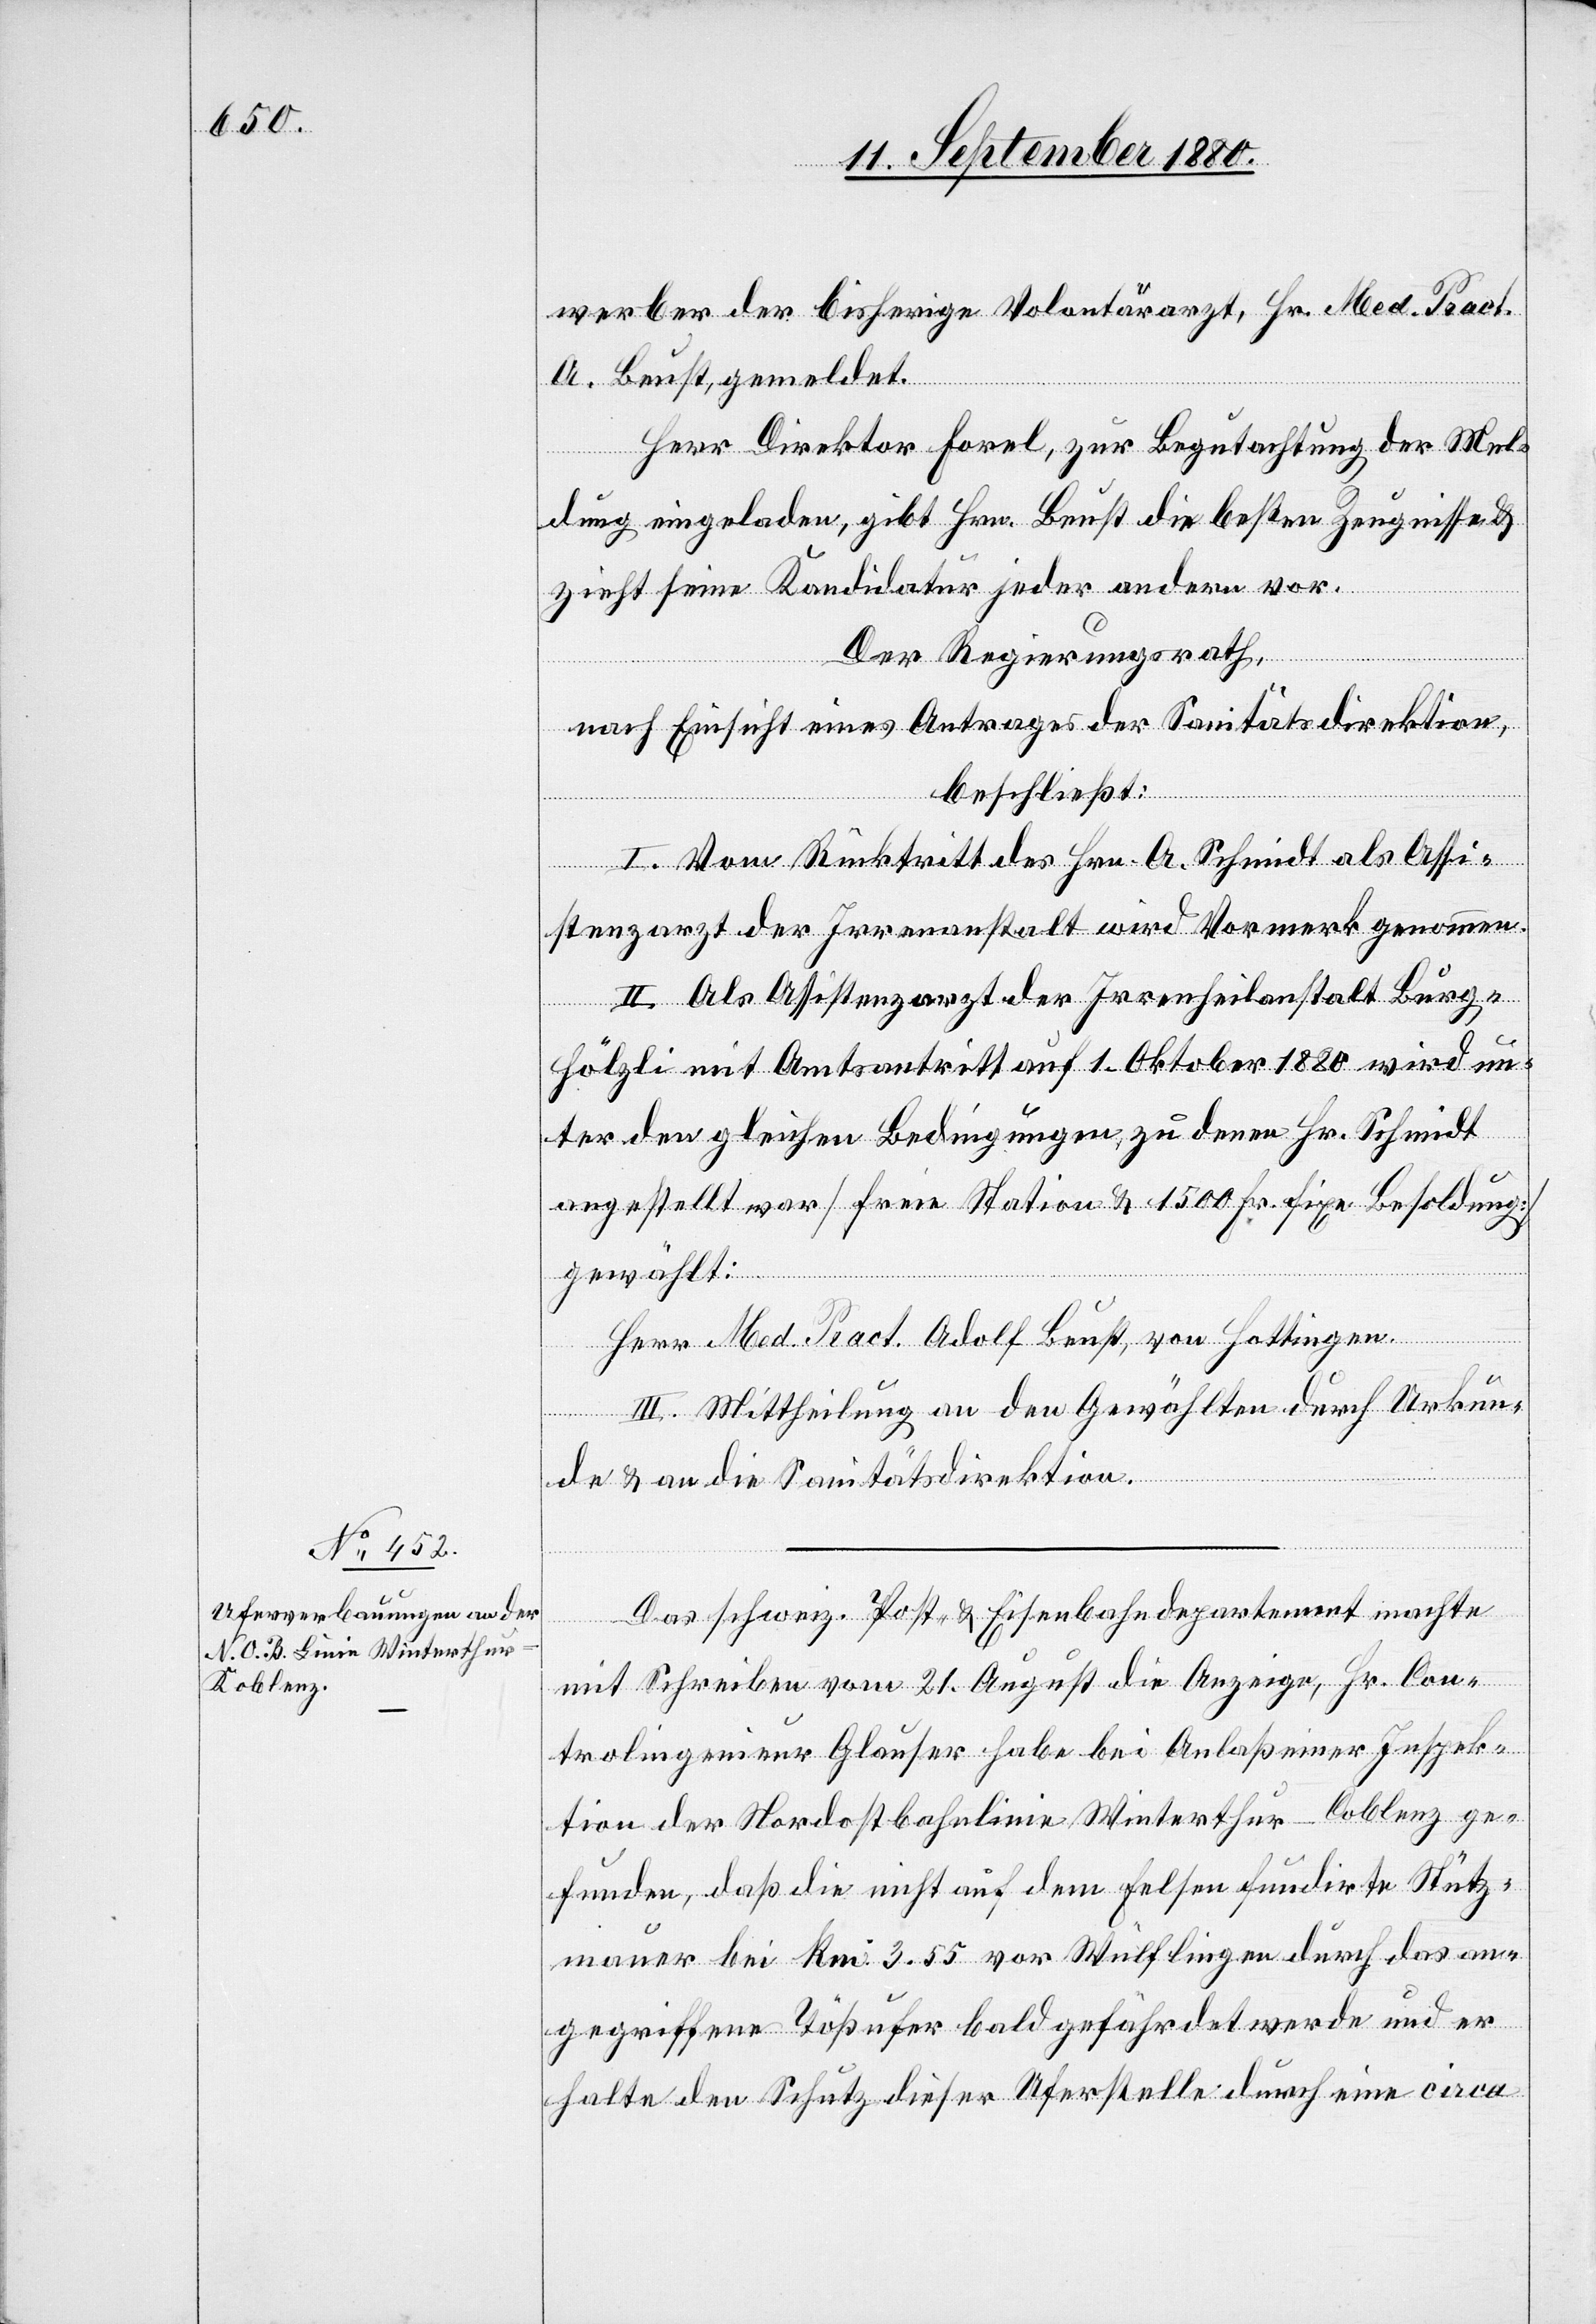
werber der bisherige Volontärarzt, Hr. Med. Pract.
A. Beust, gemeldet.
Herr Direktor Forel, zur Begutachtung der Mel¬
dung eingeladen, gibt Hrn. Beust die besten Zeugnisse &
zieht seine Kandidatur jeder andern vor.
Der Regierungsrath,
nach Einsicht eines Antrages der Sanitätsdirektion,
beschließt:
I. Vom Rücktritt des Hrn. A. Schmidt als Assi¬
stenzarzt der Irrenanstalt wird Vormerk genommen.
II. Als Assistenzarzt der Irrenheilanstalt Burg¬
hölzli mit Amtsantritt auf 1. Oktober 1880 wird un¬
ter den gleichen Bedingungen zu denen Hr. Schmidt
angestellt worden war [freie Station & 1500 Fr. fixe Besoldung]
gewählt:
Herr Med. Pract. Adolf Beust, von Hottingen.
III. Mittheilung an den Gewählten durch Urkun¬
de & an die Sanitätsdirektion.
Das schweiz. Post- & Eisenbahndepartement machte
mit Schreiben vom 21. August die Anzeige, Hr. Con¬
trolingenieur Glauser habe bei Anlaß einer Inspek¬
tion der Nordostbahnlinie Winterthur–Coblenz ge¬
funden, daß die nicht auf dem Felsen fundirte Stütz¬
mauer bei km 3.55 vor Wülflingen durch das an¬
gegriffene Tößufer bald gefährdet werde und er
halte den Schutz dieser Uferstelle durch eine circa